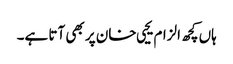
ہاں کچھ الزام یحیی خان پر بھی آتا ہے۔